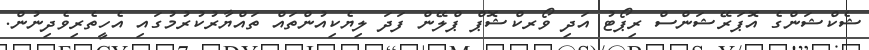
ޝެކްޝަންގެ އޮޕަރޭޝަންސް ރިޕޯޓު އަދި ވޯރކްޝޮޕް ޕްލޭން ފަދަ ލިޔެކިއުންތައް ތައްޔާރުކުރުމުގައި އެހީތެރިވެދިނުން.